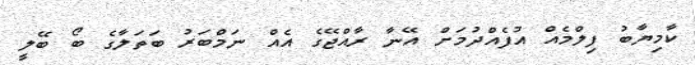
ކާމިޔާބު ފިލްމެއް އުފެއްދުމަށް އޭނާ ރާއްޖޭގެ އެއް ނަމްބަރު ބަތަލާގެ ބޯ ބޭލީ